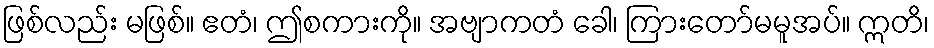
ဖြစ်လည်း မဖြစ်။ ဧတံ၊ ဤစကားကို။ အဗျာကတံ ခေါ၊ ကြားတော်မမူအပ်။ ဣတိ၊